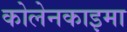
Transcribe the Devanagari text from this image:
कोलेनकाइमा